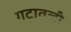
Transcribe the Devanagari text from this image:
गटातली